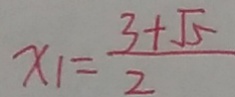
x _ { 1 } = \frac { 3 + \sqrt { 5 } } { 2 }